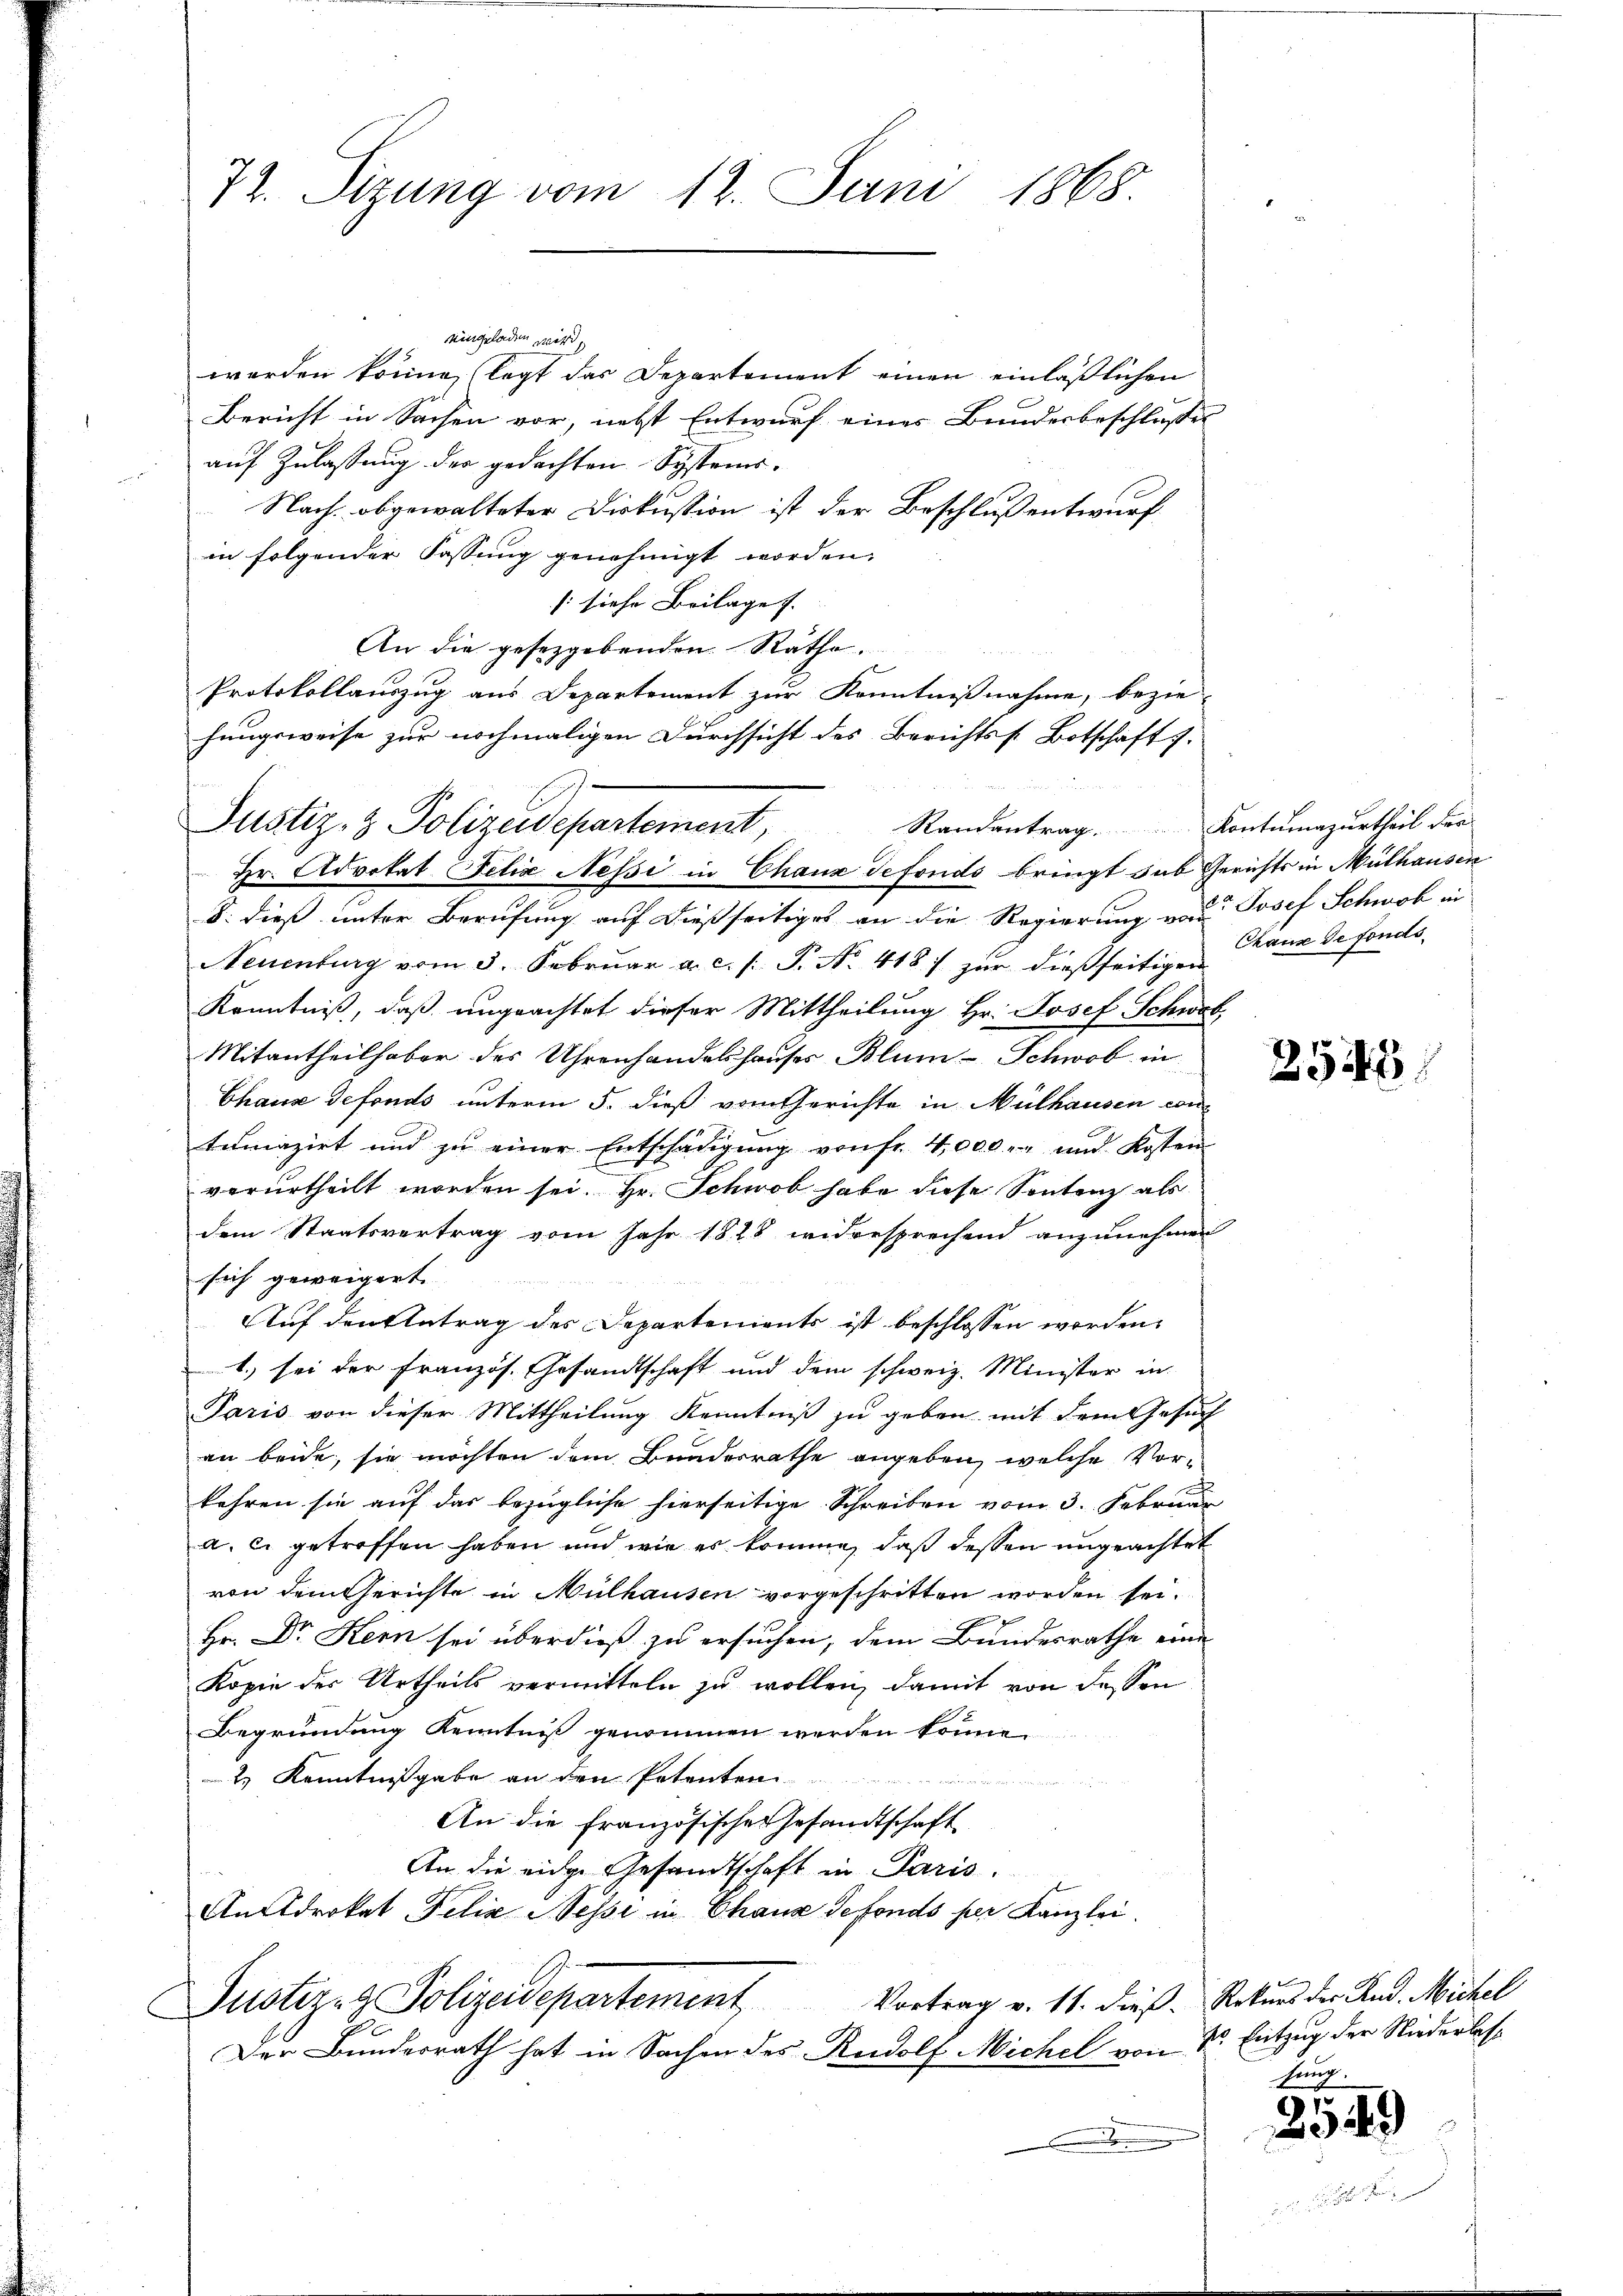
73. Sizung vom 12. Juni 1868.

eingeladen wird,
werden könne, legt das Departement einen einläßlichen
Bericht in Sachen vor, nebst Entwurf eines Bundesbeschlusses
auf Zulassung der gedachten Systems¬
Nach, obgewalteter Diskussion ist der Beschluß entwurf
in folgender Fassung genehmigt worden.
(siehe Beilage. |
An die gesetzgebenden Räthe.
Protokollauszug aus Departement zur Kenntnißnahme, bezie-
§. dieß unter Berufung auf dießseitiges an die Regierung von Josef Schwol in
Neuenburg vom 3. Februar a.c. s. S. No. 418. zur dießseitigen
Kenntniß, daß ungeachtet dieser Mittheilung Hr. Josef Schwab
Mitantheilhaber des Uhrenhandelshauses Blum-Schwab in
Chaus defonds unterm 5. dieß vom Gerichte in Mülhausen contumazirt und zu einer Entschädigŭng von fr. 4,000. und Kosten
verurtheilt worden sei. Hr. Schwob habe diese Sonntenz als
dem Staatsvertrag vom Jahr 1828 widersprechend anzunehmen
sich geweigert.
Auf den Antrag des Departements ist beschlossen worden.
1.) sei der Französ. Gesandtschaft und dem schweiz. Minister in
Paris von dieser Mittheilung Kenntniß zu geben mit dem Gesuch
an beide, sie möchten dem Bundesrathe angeben, welche Vorkehren sie auf das bezügliche hierseitige Schreiben vom 3. Februar
a. c. getroffen haben und wie es komme, daß dessen ungeachtet
von dem Gerichte in Mülhausen vorgeschritten worden sei.
Hr. Dr. Kern sei überdieß zu ersuchen, dem Bundesrathe eine
Kopie der Urtheils vermitteln zu wollen, damit von dessen
Begründung Kenntniß genommen werden können
2 Kenntnißgabe an den Petenten
An die französisches Gesamtschaft
An die eidge Gesandtschaft in Paris.
Androkat Felix Nessi in Chaus defonds per Kanzlei.
Justiz- & Polizeidepartement Vortrag v. 11. dieß. Rekurs der And. Michel
Der Bundesrath hat in Sachen des Rudolf Michel von Sr. Entzug der Niederlass
2

hungsweise zur nochmaligen Durchsicht des Berichtss. Botschaft.
Justiz- & Polizeidepartement,
Hr. Advokat Felix Nessi in Chaux defonds bringt sub Gerichts in Mülhausen

Randantrag Kontumazurtheil der

Chaux de fonds.

2545

sung.

s
49